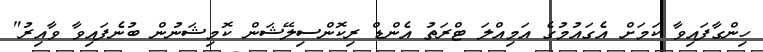
ހިންގާފައިވާ ކަމަށް އެގައުމުގެ އަމިއްލަ ޓްރަތު އެންޑް ރިކޮންސިލޭޝަން ކޮމިޝަނުން ބުނެފައިވާ ވާއިރު"